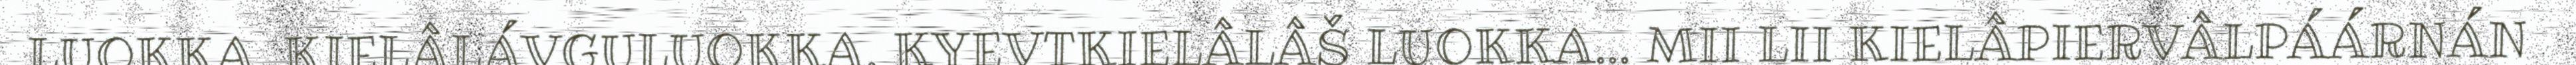
LUOKKA, KIELÂLÁVGULUOKKA, KYEVTKIELÂLÂŠ LUOKKA… MII LII KIELÂPIERVÂLPÁÁRNÁN